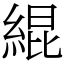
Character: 緄